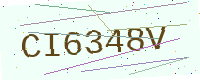
Text: CI6348V